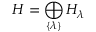
{ \cal H } = \bigoplus _ { \{ \lambda \} } { \cal H } _ { \lambda }